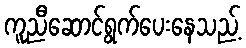
ကူညီဆောင်ရွက်ပေးနေသည့်